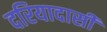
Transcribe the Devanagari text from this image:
दरियादासी